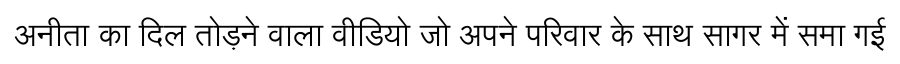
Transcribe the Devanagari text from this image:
अनीता का दिल तोड़ने वाला वीडियो जो अपने परिवार के साथ सागर में समा गई